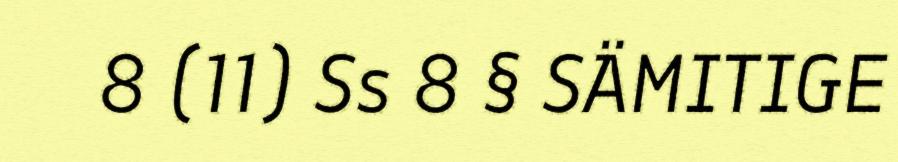
8 (11) Ss 8 § SÄMITIGE